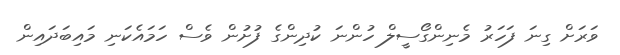
ވަރަށް ގިނަ ފަހަރު މެނިންގޯސީލް ހުންނަ ކުދިންގެ ފުށުން ވެސް ހަމައެކަނި މައިބަދައިން